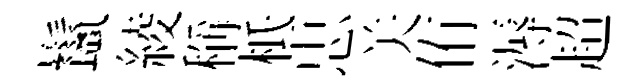
鬣綾稱柢忠关侑溽超